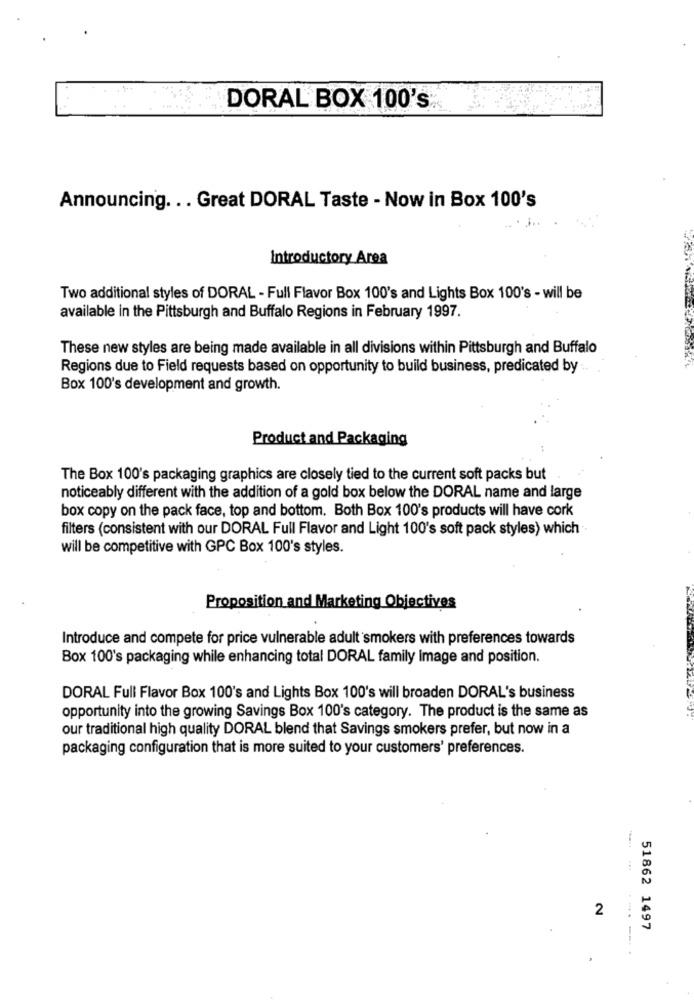
DORAL BOX 100's.
Announcing ... Great DORAL Taste - Now in Box 100's
Introductory Area
Two additional styles of DORAL - Full Flavor Box 100's and Lights Box 100's - will be
available in the Pittsburgh and Buffalo Regions in February 1997.
These new styles are being made available in all divisions within Pittsburgh and Buffalo
Regions due to Field requests based on opportunity to build business, predicated by
Box 100's development and growth.
Product and Packaging
The Box 100's packaging graphics are closely tied to the current soft packs but
noticeably different with the addition of a gold box below the DORAL name and large
box copy on the pack face, top and bottom. Both Box 100's products will have cork
filters (consistent with our DORAL Full Flavor and Light 100's soft pack styles) which
will be competitive with GPC Box 100's styles.
Proposition and Marketing Objectives
Introduce and compete for price vulnerable adult smokers with preferences towards
Box 100's packaging while enhancing total DORAL family Image and position.
DORAL Full Flavor Box 100's and Lights Box 100's will broaden DORAL's business
opportunity into the growing Savings Box 100's category. The product is the same as
our traditional high quality DORAL blend that Savings smokers prefer, but now in a
packaging configuration that is more suited to your customers' preferences.
2
51862 1497